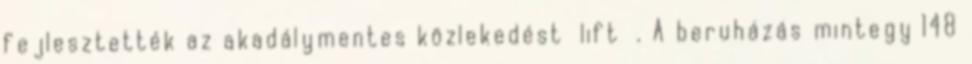
fejlesztették az akadálymentes közlekedést lift . A beruházás mintegy 148